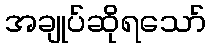
အချုပ်ဆိုရသော်